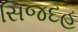
સિજદહ